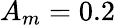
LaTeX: A_{m}=0.2